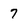
Character: 7